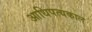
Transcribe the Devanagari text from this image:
आधिपत्यकाल